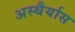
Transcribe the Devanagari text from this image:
अस्थैर्यास